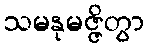
သမနုမဇ္ဇိတွာ